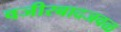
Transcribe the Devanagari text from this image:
वजीरबादजवळ